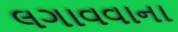
લગાવવાના